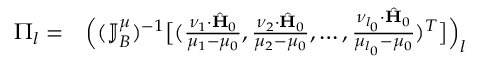
\begin{array} { r l } { \Pi _ { l } = } & { { } \Big ( ( \mathbb { J } _ { B } ^ { \mu } ) ^ { - 1 } \big [ ( \frac { \nu _ { 1 } \cdot \hat { \mathbf { H } } _ { 0 } } { \mu _ { 1 } - \mu _ { 0 } } , \frac { \nu _ { 2 } \cdot \hat { \mathbf { H } } _ { 0 } } { \mu _ { 2 } - \mu _ { 0 } } , \ldots , \frac { \nu _ { l _ { 0 } } \cdot \hat { \mathbf { H } } _ { 0 } } { \mu _ { l _ { 0 } } - \mu _ { 0 } } ) ^ { T } \big ] \Big ) _ { l } } \end{array}